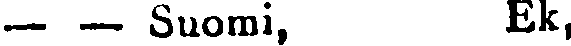
— — Suomi, Ek,